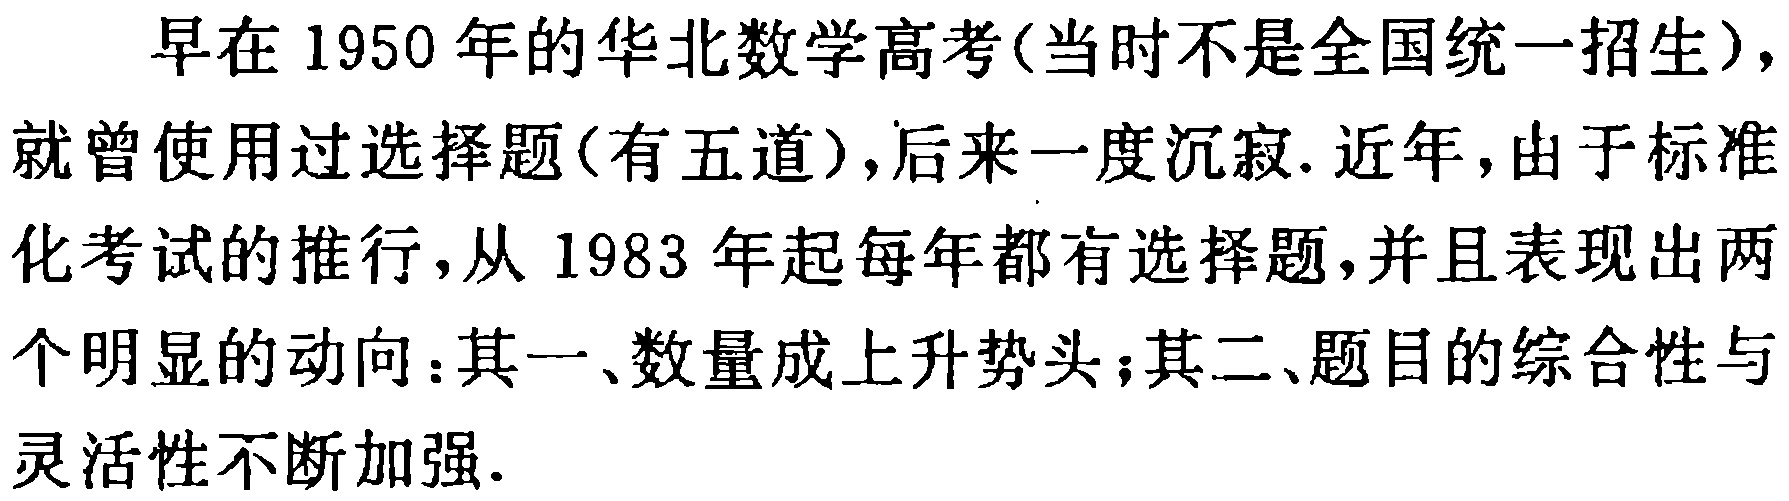
早在1950年的华北数学高考(当时不是全国统一招生)，就曾使用过选择题(有五道)，后来一度沉寂. 近年，由于标准化考试的推行，从1983年起每年都有选择题，并且表现出两个明显的动向：其一、数量成上升势头；其二、题目的综合性与灵活性不断加强.